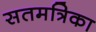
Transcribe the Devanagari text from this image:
सतमत्रिका